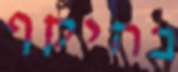
בהיקף